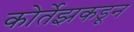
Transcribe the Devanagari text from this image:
कोर्तेझकडून